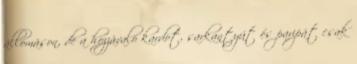
állomáson, de a hozzávaló kardot, sarkantyút és paripát csak